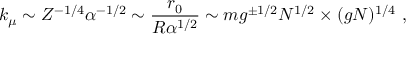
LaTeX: k _ { \mu } \sim Z ^ { - 1 / 4 } \alpha ^ { - 1 / 2 } \sim \frac { r _ { 0 } } { R \alpha ^ { 1 / 2 } } \sim m g ^ { \pm 1 / 2 } N ^ { 1 / 2 } \times ( g N ) ^ { 1 / 4 } \ ,